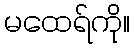
မထေရ်ကို။